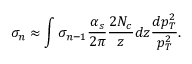
\sigma _ { n } \approx \int \sigma _ { n - 1 } \frac { \alpha _ { s } } { 2 \pi } \frac { 2 N _ { c } } { z } d z \frac { d p _ { T } ^ { 2 } } { p _ { T } ^ { 2 } } .